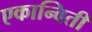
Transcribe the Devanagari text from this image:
एकान्विती